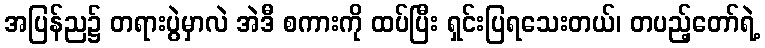
အပြန်ည၌ တရားပွဲမှာလဲ အဲဒီ စကားကို ထပ်ပြီး ရှင်းပြရသေးတယ်၊ တပည့်တော်ရဲ့